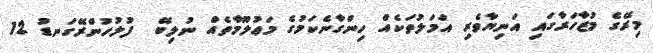
މިރޭގެ މުޒާހަރާގައި އަނިޔާވެރި އަމަލުތަކެއް ހިންގާނެކަމުގެ މަޢުލޫމާތެއް ނުލިބޭ  ފުލުހުންރޭގަނޑު 12